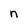
Character: n